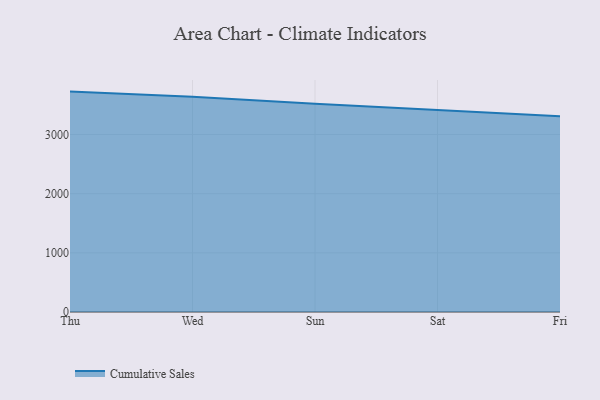
{"axis": {"x": "Day", "y": "Customer Acquisition Cost (USD)"}, "legend": ["Cumulative Sales"], "data": [{"x": "Thu", "y": 3726.1, "type": "Cumulative Sales"}, {"x": "Wed", "y": 3638.5, "type": "Cumulative Sales"}, {"x": "Sun", "y": 3520.7, "type": "Cumulative Sales"}, {"x": "Sat", "y": 3416.4, "type": "Cumulative Sales"}, {"x": "Fri", "y": 3309.7, "type": "Cumulative Sales"}]}